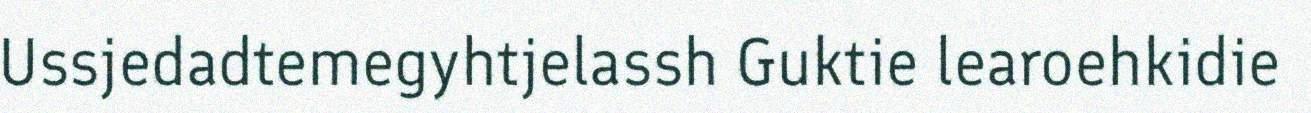
Ussjedadtemegyhtjelassh Guktie learoehkidie